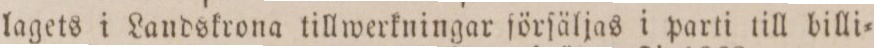
lagets i Landskrona tillwerkningar förſäljas i parti till billi=